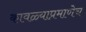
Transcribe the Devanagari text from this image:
कावळ्याप्रमाणेच